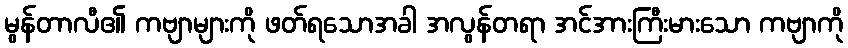
မွန်တာလီ၏ ကဗျာများကို ဖတ်ရသောအခါ အလွန်တရာ အင်အားကြီးမားသော ကဗျာကို